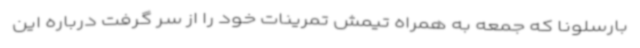
بارسلونا که جمعه به همراه تیمش تمرینات خود را از سر گرفت درباره این